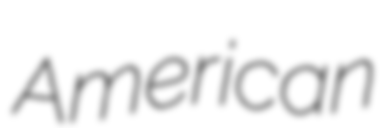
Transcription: American